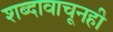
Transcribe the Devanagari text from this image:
शब्दावाचूनही